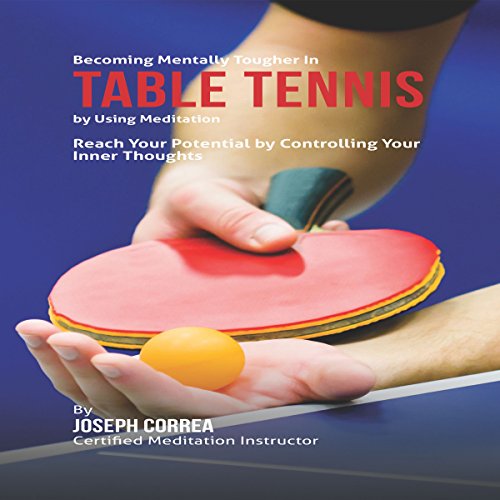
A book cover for Becoming Mentally Tougher in Table Tennis by Using Meditation: Reach Your Potential by Controlling Your Inner Thoughts; Joseph Correa - Certified Meditation Instructor; Sports & Outdoors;